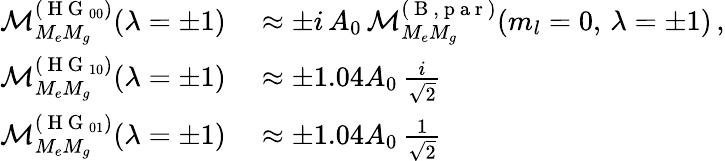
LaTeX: \begin{array}{rl}{\mathcal{M}_{M_{e}M_{g}}^{(\mathrm{~H~G~}_{00})}(\lambda=\pm 1)}&{{}\approx\pm i\, A_{0}\, \mathcal{M}_{M_{e}M_{g}}^{(\mathrm{~B~,~p~a~r~})}(m_{l}=0,\, \lambda=\pm 1)\, ,}\\ {\mathcal{M}_{M_{e}M_{g}}^{(\mathrm{~H~G~}_{10})}(\lambda=\pm 1)}&{{}\approx\pm 1.04A_{0}\, \frac{i}{\sqrt{2}}}\\ {\mathcal{M}_{M_{e}M_{g}}^{(\mathrm{~H~G~}_{01})}(\lambda=\pm 1)}&{{}\approx\pm 1.04A_{0}\, \frac{1}{\sqrt{2}}}\end{array}